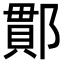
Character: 𨝑